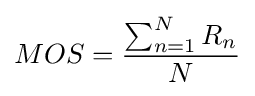
MOS={\frac {\sum _{n=1}^{N}{R_{n}}}{N}}